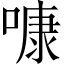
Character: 𠻞